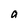
Character: a